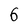
Character: 6